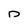
Character: D